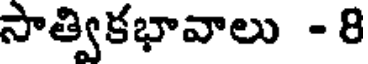
సాత్వికభావాలు - 8